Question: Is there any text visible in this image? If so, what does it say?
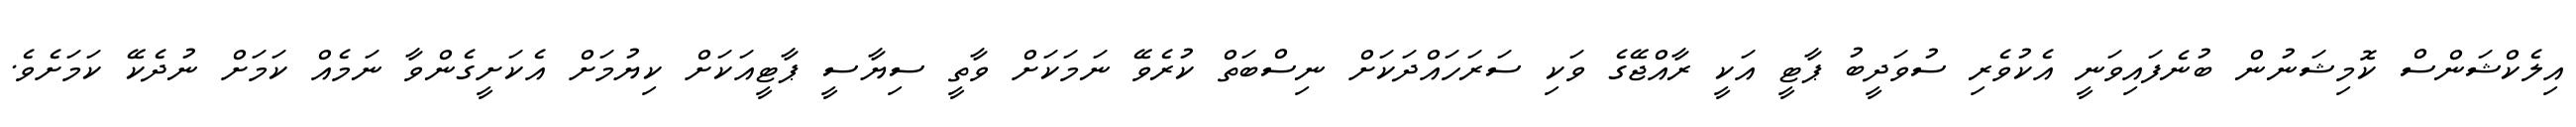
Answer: އިލެކްޝަންސް ކޮމިޝަނުން ބުނެފައިވަނީ އެކުވެރި ސުވަދީބު ޕާޓީ އަކީ ރާއްޖޭގެ ވަކި ސަރަހައްދަކަށް ނިސްބަތް ކުރެވޭ ނަމަކަށް ވާތީ ސިޔާސީ ޕާޓީއަކަށް ކިޔުމަށް އެކަށީގެންވާ ނަމެއް ކަމަށް ނުދެކޭ ކަމަށެވެ.